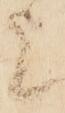
上